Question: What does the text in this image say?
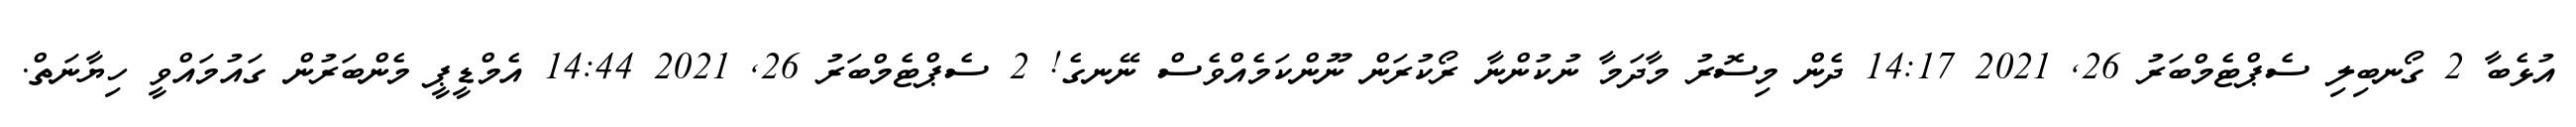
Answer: އުޅެބާ 2 ގޯނބިލި ސެޕްޓެމްބަރު 26, 2021 14:17 ދެން މިސޮރު މާދަމާ ނުކުންނާ ރޯކުރަން ނޫންކަމެއްވެސް ނޭނގެ! 2 ސެޕްޓެމްބަރު 26, 2021 14:44 އެމްޑީޕީ މެންބަރުން ގައުމައްވީ ހިޔާނަތް.